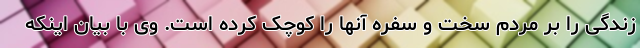
زندگی را بر مردم سخت و سفره آنها را کوچک کرده است. وی با بیان اینکه